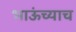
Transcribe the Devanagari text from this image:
भाऊंच्याच